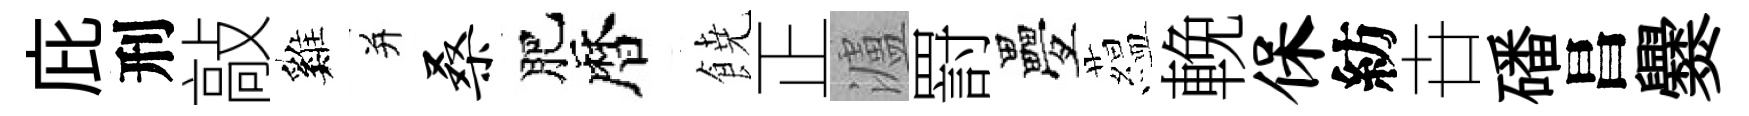
庇刑敲巍并桑肥暦𩜙正瀘罸疊藴輓保紡卋磻昌爨